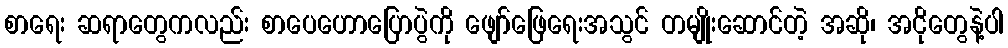
စာရေး ဆရာတွေကလည်း စာပေဟောပြောပွဲကို ဖျော်ဖြေရေးအသွင် တမျိုးဆောင်တဲ့ အဆို၊ အငိုတွေနဲ့ပါ